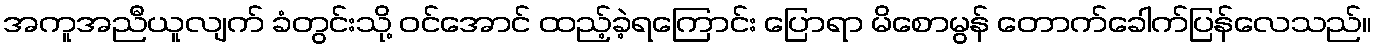
အကူအညီယူလျက် ခံတွင်းသို့ ဝင်အောင် ထည့်ခဲ့ရကြောင်း ပြောရာ မိစောမွန် တောက်ခေါက်ပြန်လေသည်။